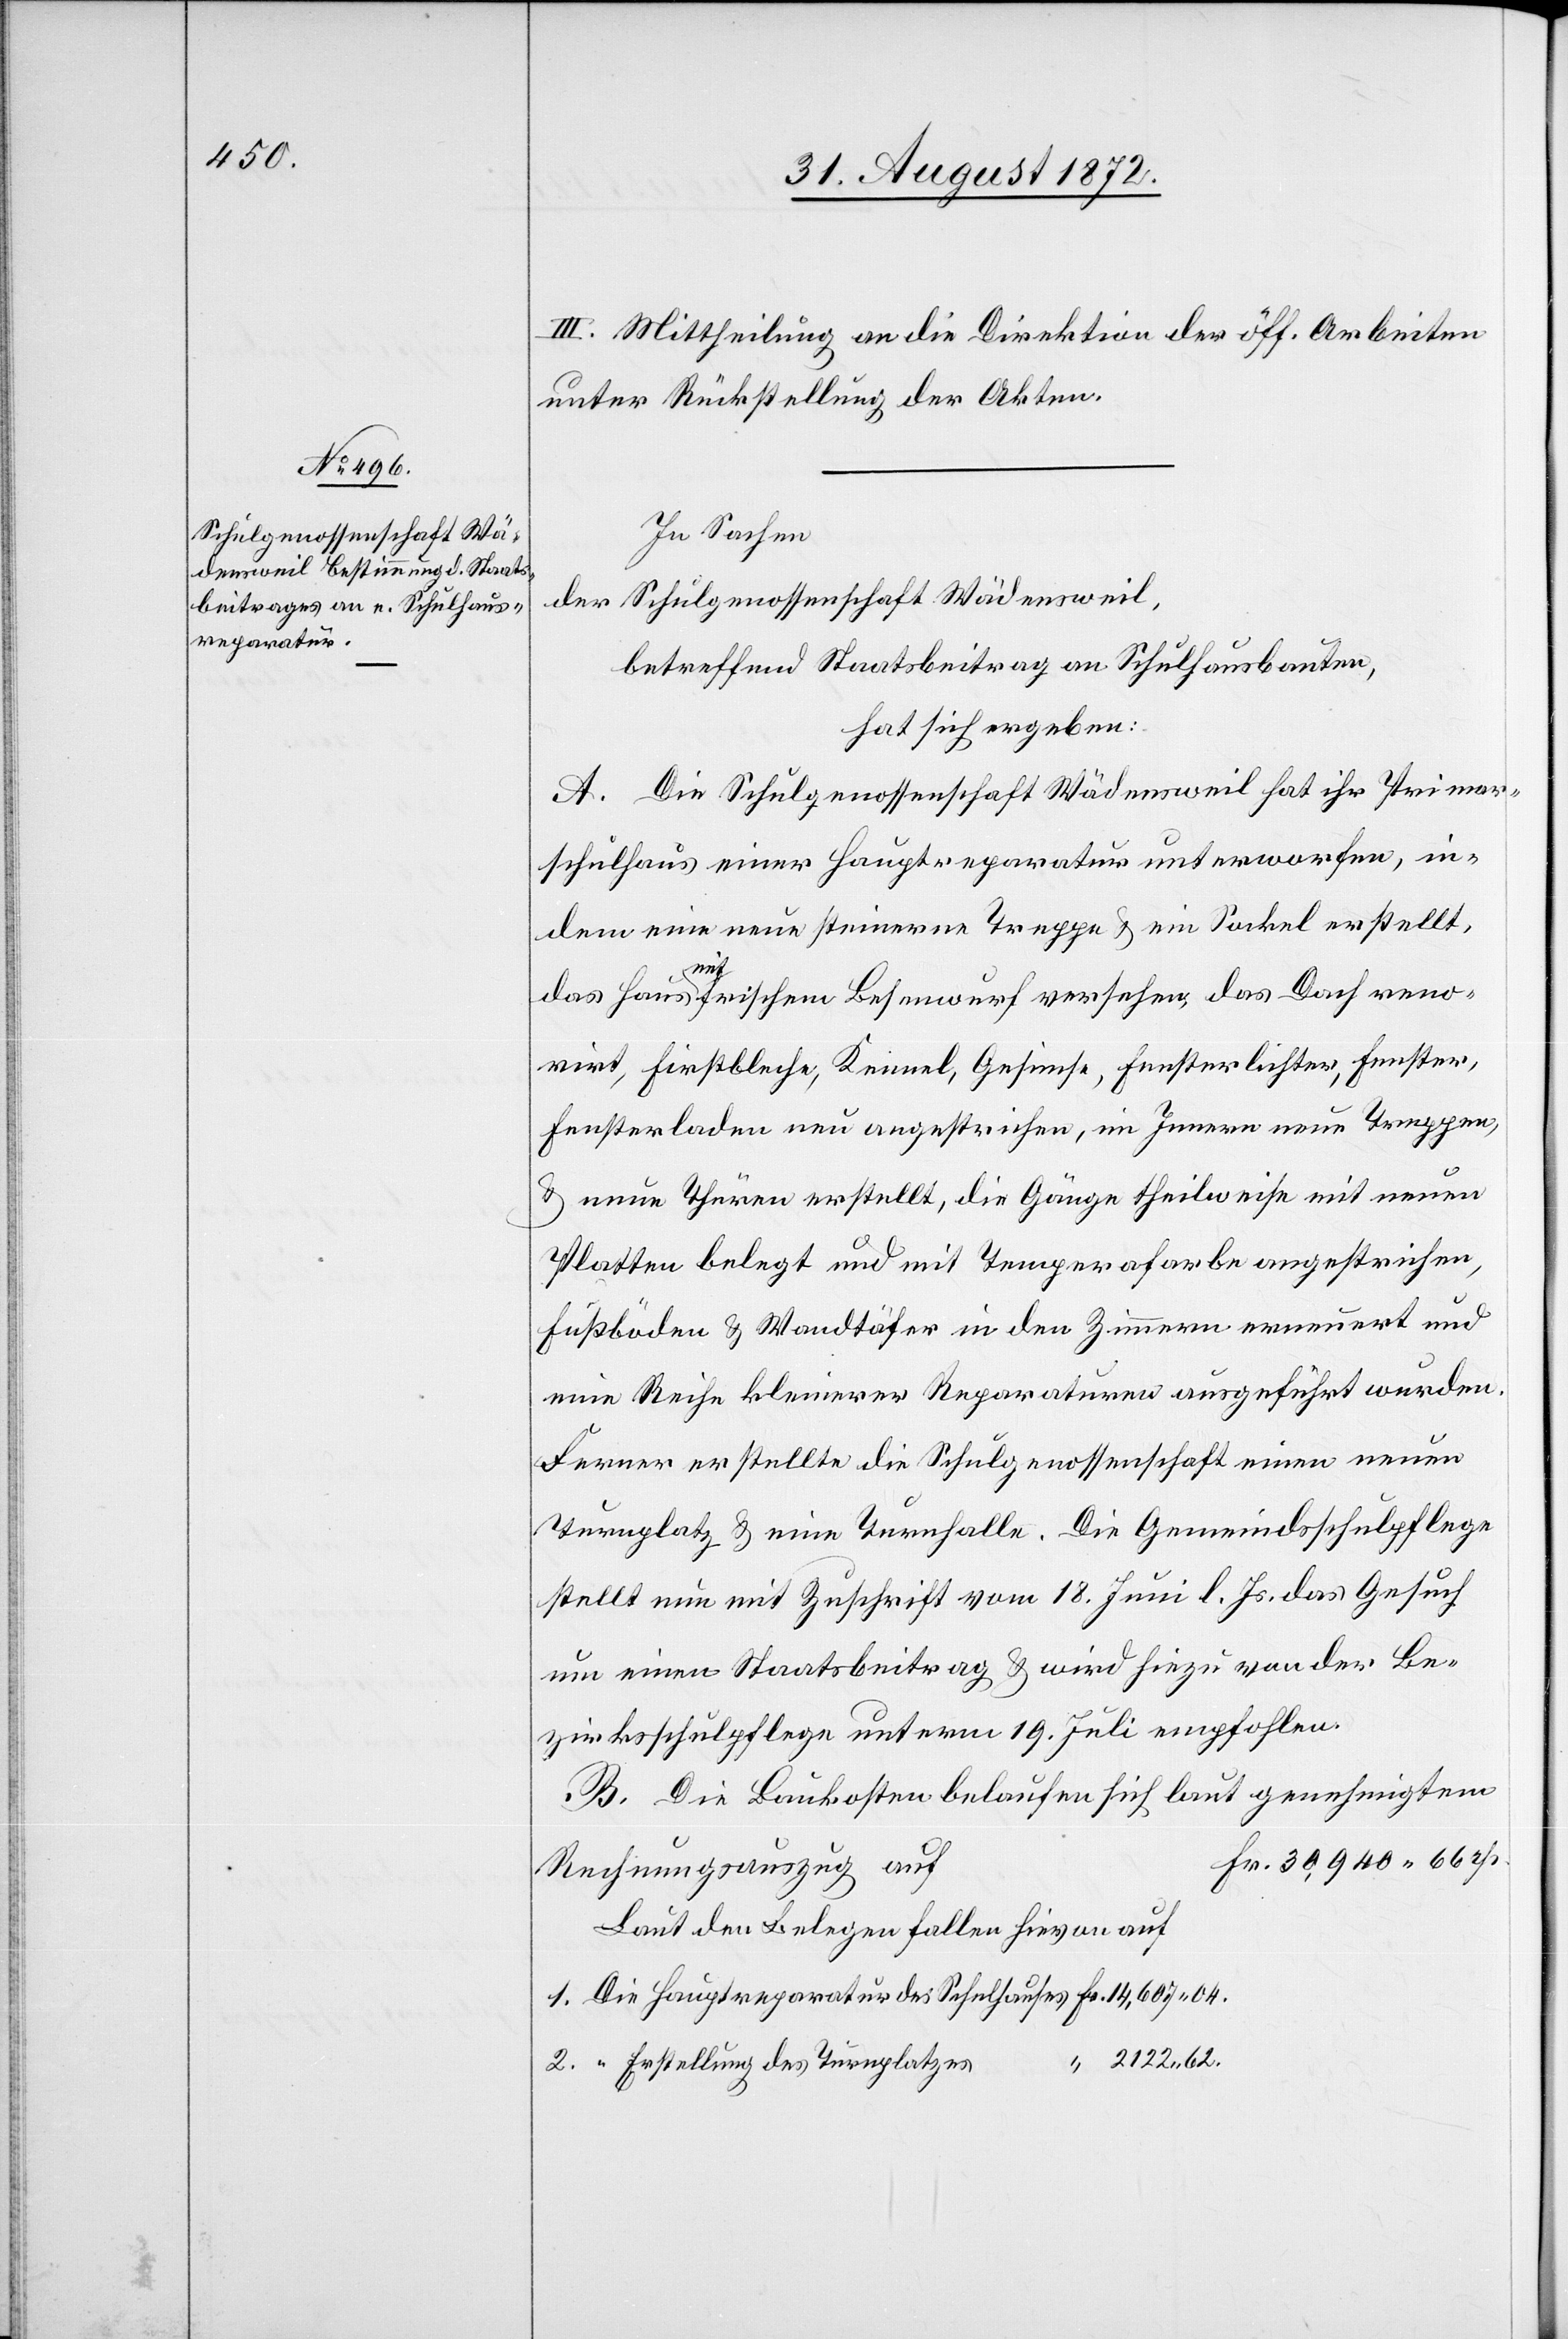
reparatur

III. Mittheilung an die Direktion der öff. Arbeiten
unter Rückstellung der Akten.
In Sachen
der Schulgenossenschaft Wädensweil,
betreffend Staatsbeitrag an Schulhausbauten,
hat sich ergeben:
A. Die Schulgenossenschaft Wädensweil hat ihr Primar¬
schulhaus einer Hauptreparatur unterworfen, in¬
dem eine neue steinerne Treppe u. ein Sockel erstellt,
62.
das Haus mit frischem Besenwurf versehen, das Dach reno¬
virt, Firstbleche, Kennel, Gesimse, Fensterlichter, Fenster,
Fensterladen neu angestrichen, im Innern neue Treppen,
u. neue Thüren erstellt, die Gänge theilweise mit neuen
Platten belegt und mit Temperafarbe angestrichen,
Fußböden u. Wandtäfer in den Zimmern erneuert und
eine Reihe kleinerer Reparaturen ausgeführt wurden.
Ferner erstellte die Schulgenossenschaft einen neuen
Turnplatz u. eine Turnhalle. Die Gemeindsschulpflege
stellt eine mit Zuschrift vom 18. Juni l. Js. das Gesuch
um einen Staatsbeitrag u. wird hiezu von der Be¬
zirksschulpflege unterm 19. Juli empfohlen.
B. Die Baukosten belaufen sich laut genehmigtem
Fr. 30,940 66 rp.
Rechnungsauszug auf
“ Erstellung des Turnplatzes